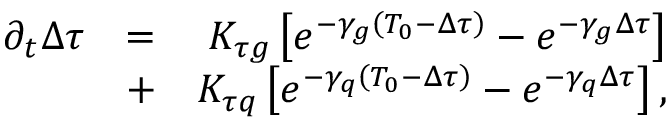
\begin{array} { r l r } { \partial _ { t } \Delta \tau } & { = } & { K _ { \tau g } \left[ e ^ { - \gamma _ { g } \left( T _ { 0 } - \Delta \tau \right) } - e ^ { - \gamma _ { g } \Delta \tau } \right] } \\ & { + } & { K _ { \tau q } \left[ e ^ { - \gamma _ { q } \left( T _ { 0 } - \Delta \tau \right) } - e ^ { - \gamma _ { q } \Delta \tau } \right] , } \end{array}